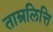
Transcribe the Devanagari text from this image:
ताम्रलित्ति